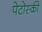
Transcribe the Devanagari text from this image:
पेटोस्की